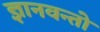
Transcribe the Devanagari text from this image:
ज्ञानवन्तो